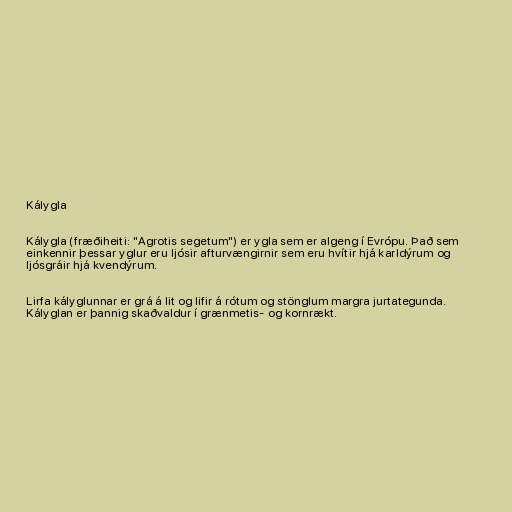
Kálygla

Kálygla (fræðiheiti: "Agrotis segetum") er ygla sem er algeng í Evrópu. Það sem
einkennir þessar yglur eru ljósir afturvængirnir sem eru hvítir hjá karldýrum og
ljósgráir hjá kvendýrum.

Lirfa kályglunnar er grá á lit og lifir á rótum og stönglum margra jurtategunda.
Kályglan er þannig skaðvaldur í grænmetis- og kornrækt.